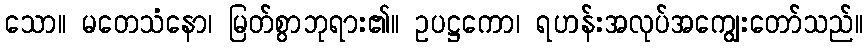
သော။ မတေသံနော၊ မြတ်စွာဘုရား၏။ ဥပဋ္ဌကော၊ ရဟန်းအလုပ်အကျွေးတော်သည်။